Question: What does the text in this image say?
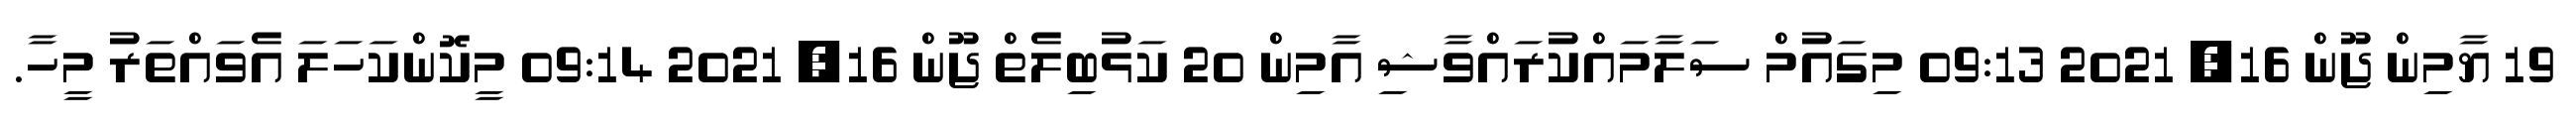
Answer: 19 ޔާމިން ޖޫން 16, 2021 09:13 މިގައުމް ސަލާމައްކުރައްވާޝި އާމިން 20 ކަޅުބިލެތް ޖޫން 16, 2021 09:14 މީކޮންކަހަލަ އެވައްތަރު މީހާ.